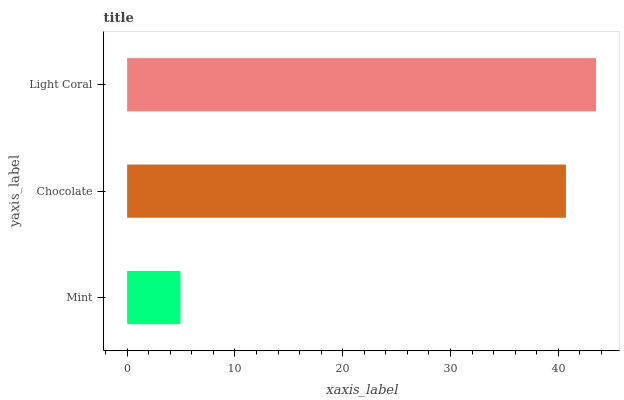
| yaxis_label | bars |
 | --- | --- |
 | Mint | 4.95 |
 | Chocolate | 40.7 |
 | Light Coral | 43.5 |